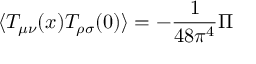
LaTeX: \langle T _ { \mu \nu } ( x ) T _ { \rho \sigma } ( 0 ) \rangle = - { \frac { 1 } { 4 8 \pi ^ { 4 } } } { \Pi }